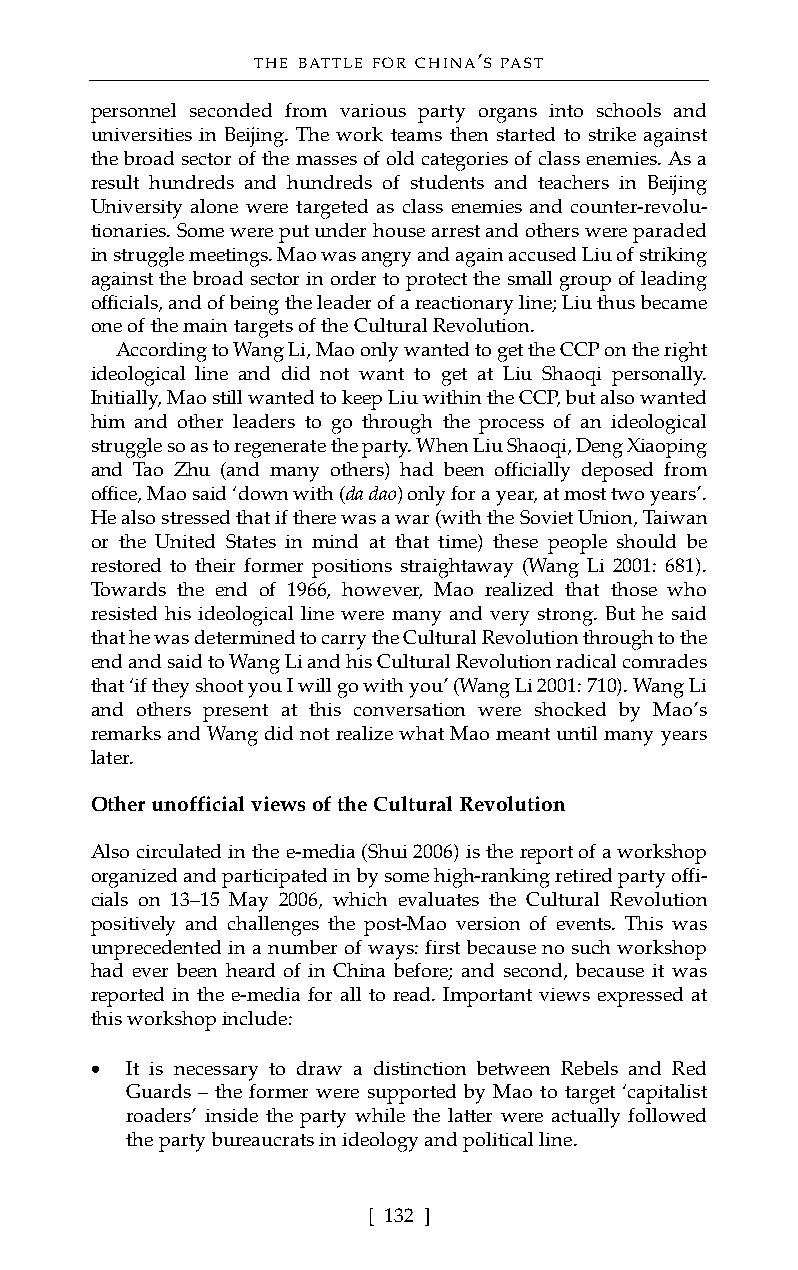
THE BATTLE FOR CHINA’S PAST
 personnel seconded from various party organs into schools and
 universities in Beijing. The work teams then started to strike against
 the broad sector of the masses of old categories of class enemies. As a
 result hundreds and hundreds of students and teachers in Beijing
 University alone were targeted as class enemies and counter-revolu-
 tionaries. Some were put under house arrest and others were paraded
 in struggle meetings. Mao was angry and again accused Liu of striking
 against the broad sector in order to protect the small group of leading
 officials, and of being the leader of a reactionary line; Liu thus became
 one of the main targets of the Cultural Revolution.
 According to Wang Li, Mao only wanted to get the CCP on the right
 ideological line and did not want to get at Liu Shaoqi personally.
 Initially, Mao still wanted to keep Liu within the CCP, but also wanted
 him and other leaders to go through the process of an ideological
 struggle so as to regenerate the party. When Liu Shaoqi, Deng Xiaoping
 and Tao Zhu (and many others) had been officially deposed from
 office, Mao said ‘down with (da dao) only for a year, at most two years’.
 He also stressed that if there was a war (with the Soviet Union, Taiwan
 or the United States in mind at that time) these people should be
 restored to their former positions straightaway (Wang Li 2001: 681).
 Towards the end of 1966, however, Mao realized that those who
 resisted his ideological line were many and very strong. But he said
 that he was determined to carry the Cultural Revolution through to the
 end and said to Wang Li and his Cultural Revolution radical comrades
 that ‘if they shoot you I will go with you’ (Wang Li 2001: 710). Wang Li
 and others present at this conversation were shocked by Mao’s
 remarks and Wang did not realize what Mao meant until many years
 later.
 Other unofficial views of the Cultural Revolution
 Also circulated in the e-media (Shui 2006) is the report of a workshop
 organized and participated in by some high-ranking retired party offi-
 cials on 13–15 May 2006, which evaluates the Cultural Revolution
 positively and challenges the post-Mao version of events. This was
 unprecedented in a number of ways: first because no such workshop
 had ever been heard of in China before; and second, because it was
 reported in the e-media for all to read. Important views expressed at
 this workshop include:
 • It is necessary to draw a distinction between Rebels and Red
 Guards – the former were supported by Mao to target ‘capitalist
 roaders’ inside the party while the latter were actually followed
 the party bureaucrats in ideology and political line.
 [ 132 ]